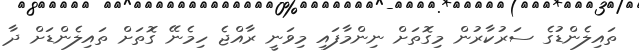
ތައިލެންޑުގެ ސަރުކާރުން މިގޮތަށް ނިންމާފައި މިވަނީ ރާއްޖެ ހިމެނޭ ގޮތަށް ތައިލެންޑަށް ދާ